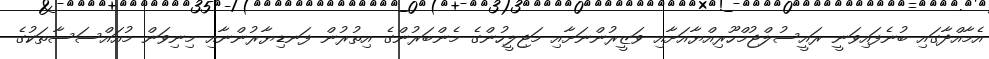
އެމާއްދާގައި ބުނެފައިވަނީ ރައީސުލްޖުމްހޫރިއްޔާއަށާއި ވަޒީރުންނަށާއި މަޖިލީހުންގެ މެންބަރުންގެ އިތުރުން ފަނޑިޔާރުންނާއި މިނިވަން މުއައްސަސާތަކުގެ